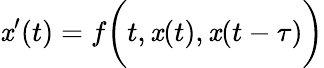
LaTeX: \mathit{x}^{\prime}(t)=f{\biggl(}t,\mathit{x}(t),\mathit{x}(t-\tau){\biggr)}